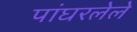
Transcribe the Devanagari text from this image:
पांघरलेले